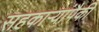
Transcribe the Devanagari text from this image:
सहकाऱ्यांपैकी